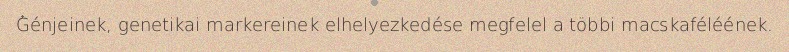
Génjeinek, genetikai markereinek elhelyezkedése megfelel a többi macskaféléének.